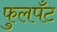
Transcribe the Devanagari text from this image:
फुलपँट